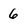
Character: 6